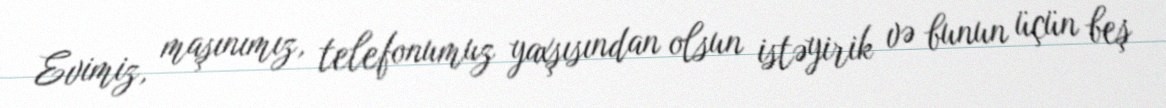
Evimiz, maşınımız, telefonumuz yaxşısından olsun istəyirik və bunun üçün beş